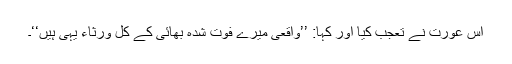
اُس عورت نے تعجب کیا اور کہا: ’’واقعی میرے فوت شدہ بھائی کے کل وُرَثاء یہی ہیں‘‘۔